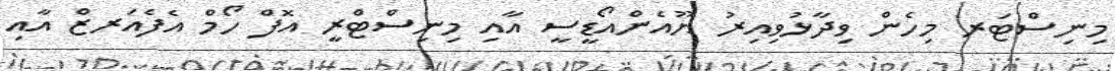
މިނިސްޓަރ މިހެން ވިދާޅުވިއިރު ޔޫއެންއޯޑީސީ އާއި މިނިސްޓްރީ އޮފް ހޯމް އެފެއަރޒް އާއި